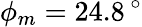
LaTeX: \phi_{m}=24.8\, ^{\circ}